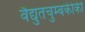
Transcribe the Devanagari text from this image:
वैद्युतचुम्बकीकी